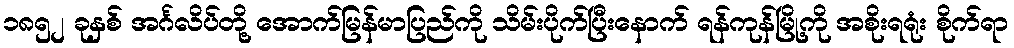
၁၈၅၂ ခုနှစ် အင်္ဂလိပ်တို့ အောက်မြန်မာပြည်ကို သိမ်းပိုက်ပြီးနောက် ရန်ကုန်မြို့ကို အစိုးရရုံး စိုက်ရာ